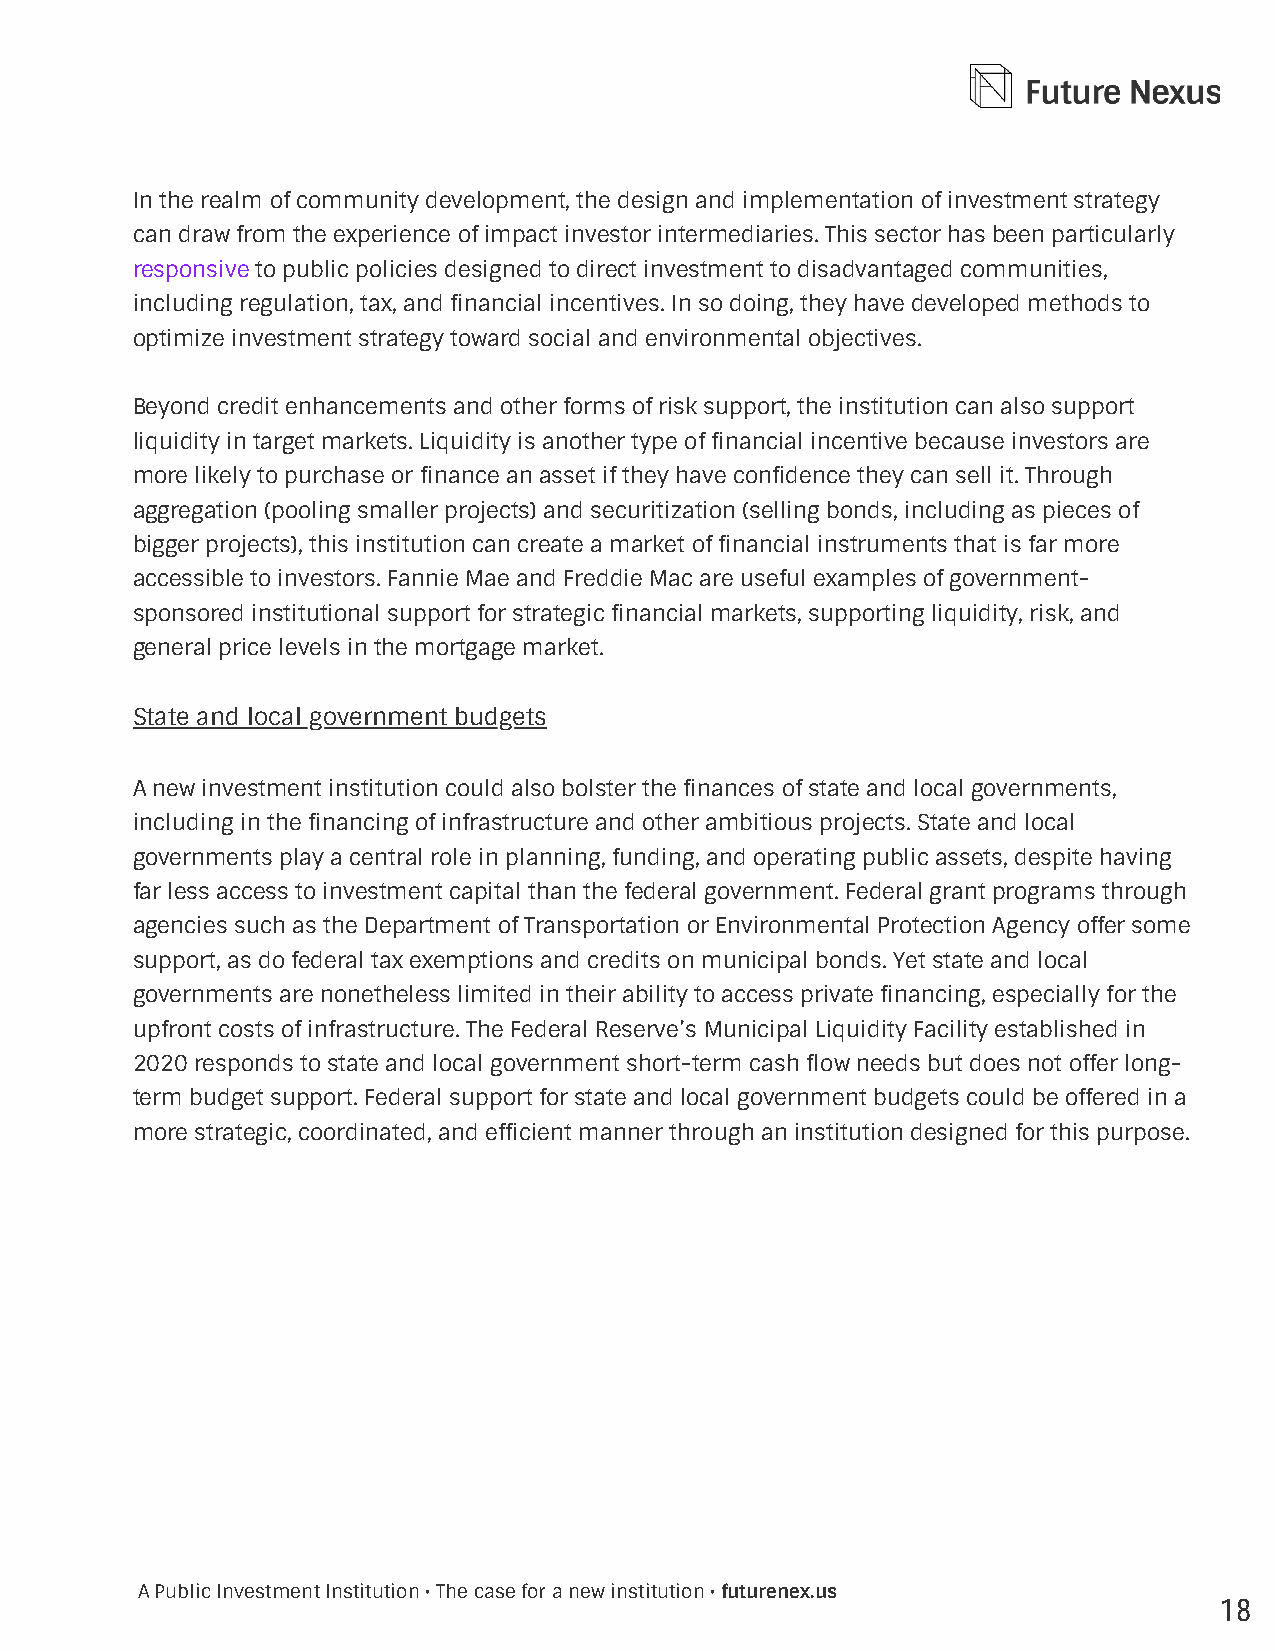
In the realm of community development, the design and implementation of investment strategy
 can draw from the experience of impact investor intermediaries. This sector has been particularly
 responsive to public policies designed to direct investment to disadvantaged communities,
 including regulation, tax, and financial incentives. In so doing, they have developed methods to
 optimize investment strategy toward social and environmental objectives.
 Beyond credit enhancements and other forms of risk support, the institution can also support
 liquidity in target markets. Liquidity is another type of financial incentive because investors are
 more likely to purchase or finance an asset if they have confidence they can sell it. Through
 aggregation (pooling smaller projects) and securitization (selling bonds, including as pieces of
 bigger projects), this institution can create a market of financial instruments that is far more
 accessible to investors. Fannie Mae and Freddie Mac are useful examples of government-
 sponsored institutional support for strategic financial markets, supporting liquidity, risk, and
 general price levels in the mortgage market.
 State and local government budgets
 A new investment institution could also bolster the finances of state and local governments,
 including in the financing of infrastructure and other ambitious projects. State and local
 governments play a central role in planning, funding, and operating public assets, despite having
 far less access to investment capital than the federal government. Federal grant programs through
 agencies such as the Department of Transportation or Environmental Protection Agency offer some
 support, as do federal tax exemptions and credits on municipal bonds. Yet state and local
 governments are nonetheless limited in their ability to access private financing, especially for the
 upfront costs of infrastructure. The Federal Reserve’s Municipal Liquidity Facility established in
 2020 responds to state and local government short-term cash flow needs but does not offer long-
 term budget support. Federal support for state and local government budgets could be offered in a
 more strategic, coordinated, and efficient manner through an institution designed for this purpose.
 A Public Investment Institution • The case for a new institution • futurenex.us
 18